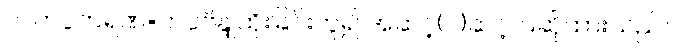
၇။ ကပ္ပကရဏ=ကပ္ပဗိန္ဒုထိုးခြင်းဟူ၍ အဆင့်(၇)ဆင့် ပြဆိုထားသည်။